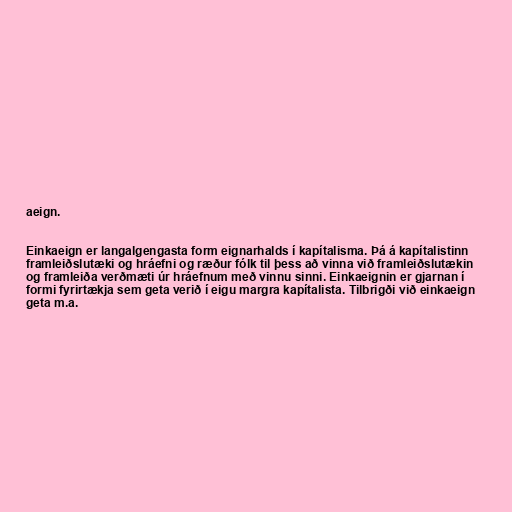
aeign.

Einkaeign er langalgengasta form eignarhalds í kapítalisma. Þá á kapítalistinn
framleiðslutæki og hráefni og ræður fólk til þess að vinna við framleiðslutækin
og framleiða verðmæti úr hráefnum með vinnu sinni. Einkaeignin er gjarnan í
formi fyrirtækja sem geta verið í eigu margra kapítalista. Tilbrigði við einkaeign
geta m.a.